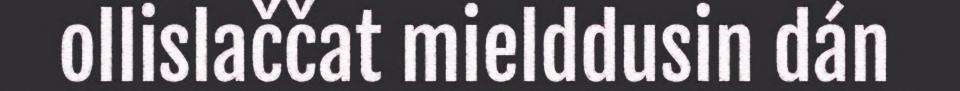
ollislaččat mielddusin dán